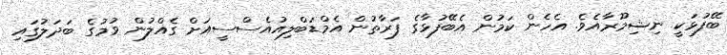
ބޭފުޅަކީ ނިޝިމޫރާއެވެ. އެހެން ކަމުން އެބޭފުޅާގެ ފަރާތުން އެމްޑަބްލިއުއެސްސީއަށް ގެއްލުން ވުމުގެ ބަދަލުގައި